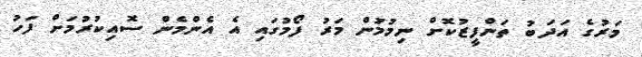
މަރުގެ އަދަބު ތަންފީޒުކޮށް ނިމުމުން މަރު ފޯމުގައި އެ އެންމެން ސޮއިކުރުމަށް ފަހު